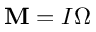
{ \bf M } = I { \boldsymbol \Omega }